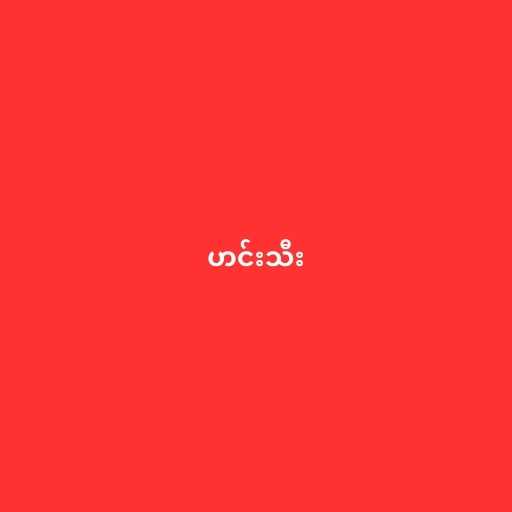
ဟင်းသီး